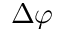
\Delta \varphi